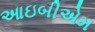
આઇબીએમ